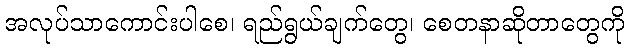
အလုပ်သာကောင်းပါစေ၊ ရည်ရွယ်ချက်တွေ၊ စေတနာဆိုတာတွေကို